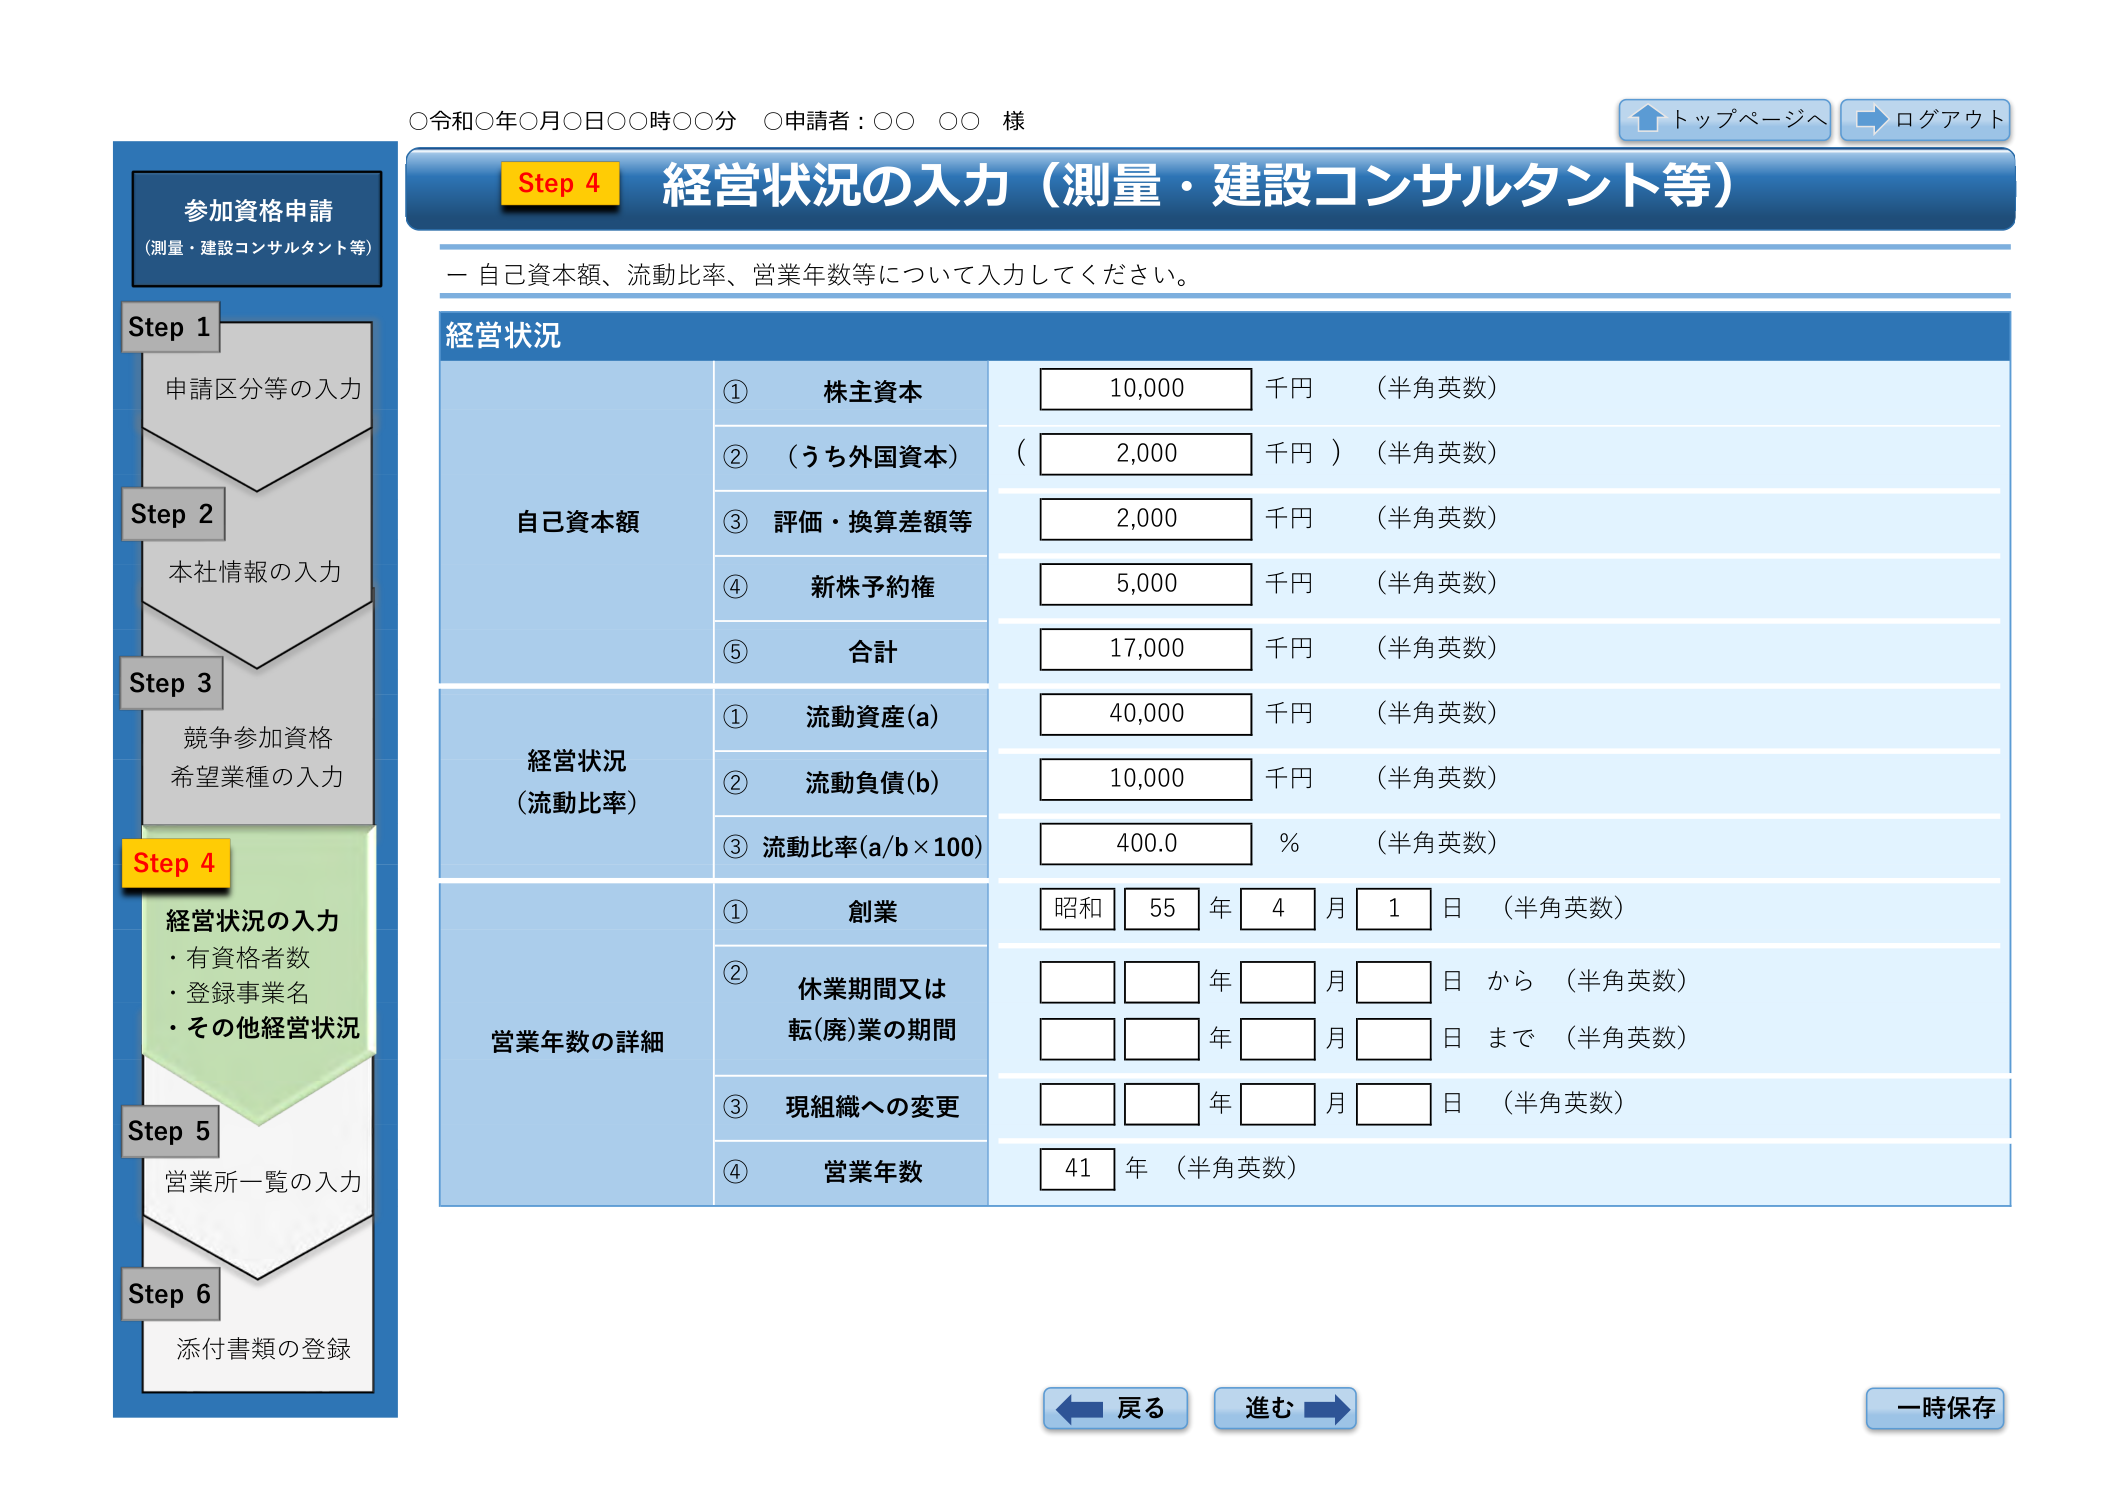
○令和○年○月○日○○時○○分 ○申請者：○○ ○○ 様

トップページへ
ログアウト

参加資格申請
（測量・建設コンサルタント等）

Step 1
申請区分等の入力

Step 2
本社情報の入力

Step 3
競争参加資格
希望業種の入力

Step 4
経営状況の入力
・有資格者数
・登録事業名
・その他経営状況

Step 5
営業所一覧の入力

Step 6
添付書類の登録

Step 4 経営状況の入力（測量・建設コンサルタント等）

－ 自己資本額、流動比率、営業年数等について入力してください。

経営状況

自己資本額
① 株主資本 10,000 千円 （半角英数）
② （うち外国資本） 2,000 千円 ） （半角英数）
③ 評価・換算差額等 2,000 千円 （半角英数）
④ 新株予約権 5,000 千円 （半角英数）
⑤ 合計 17,000 千円 （半角英数）

経営状況
（流動比率）
① 流動資産(a) 40,000 千円 （半角英数）
② 流動負債(b) 10,000 千円 （半角英数）
③ 流動比率(a/b×100) 400.0 % （半角英数）

営業年数の詳細
① 創業 昭和 55 年 4 月 1 日 （半角英数）
② 休業期間又は
転(廃)業の期間
[ ] [ ] 年 [ ] 月 [ ] 日 から （半角英数）
[ ] [ ] 年 [ ] 月 [ ] 日 まで （半角英数）
③ 現組織への変更
[ ] [ ] 年 [ ] 月 [ ] 日 （半角英数）
④ 営業年数 41 年 （半角英数）

戻る
進む
一時保存